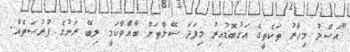
"އަސްލު މިހާރު ތަކެތީގެ އަގުބޮޑުއިރު މިފަދަ ސޭލްތަށް ބާއްވާކަމީ ލިބޭ ރަނުގެ ފުރުސަތެއް.